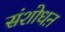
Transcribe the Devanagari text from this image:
संशोधऩ